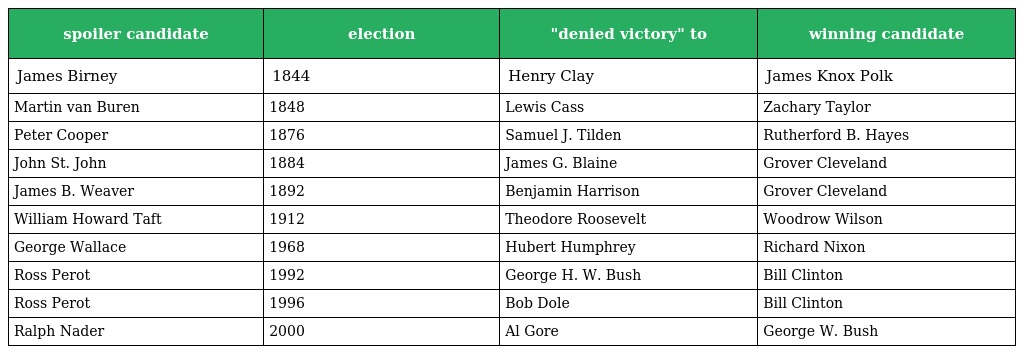
| spoiler candidate | election | "denied victory" to | winning candidate |
 | --- | --- | --- | --- |
 | James Birney | 1844 | Henry Clay | James Knox Polk |
 | Martin van Buren | 1848 | Lewis Cass | Zachary Taylor |
 | Peter Cooper | 1876 | Samuel J. Tilden | Rutherford B. Hayes |
 | John St. John | 1884 | James G. Blaine | Grover Cleveland |
 | James B. Weaver | 1892 | Benjamin Harrison | Grover Cleveland |
 | William Howard Taft | 1912 | Theodore Roosevelt | Woodrow Wilson |
 | George Wallace | 1968 | Hubert Humphrey | Richard Nixon |
 | Ross Perot | 1992 | George H. W. Bush | Bill Clinton |
 | Ross Perot | 1996 | Bob Dole | Bill Clinton |
 | Ralph Nader | 2000 | Al Gore | George W. Bush |